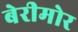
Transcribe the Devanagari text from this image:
बेरीमोर